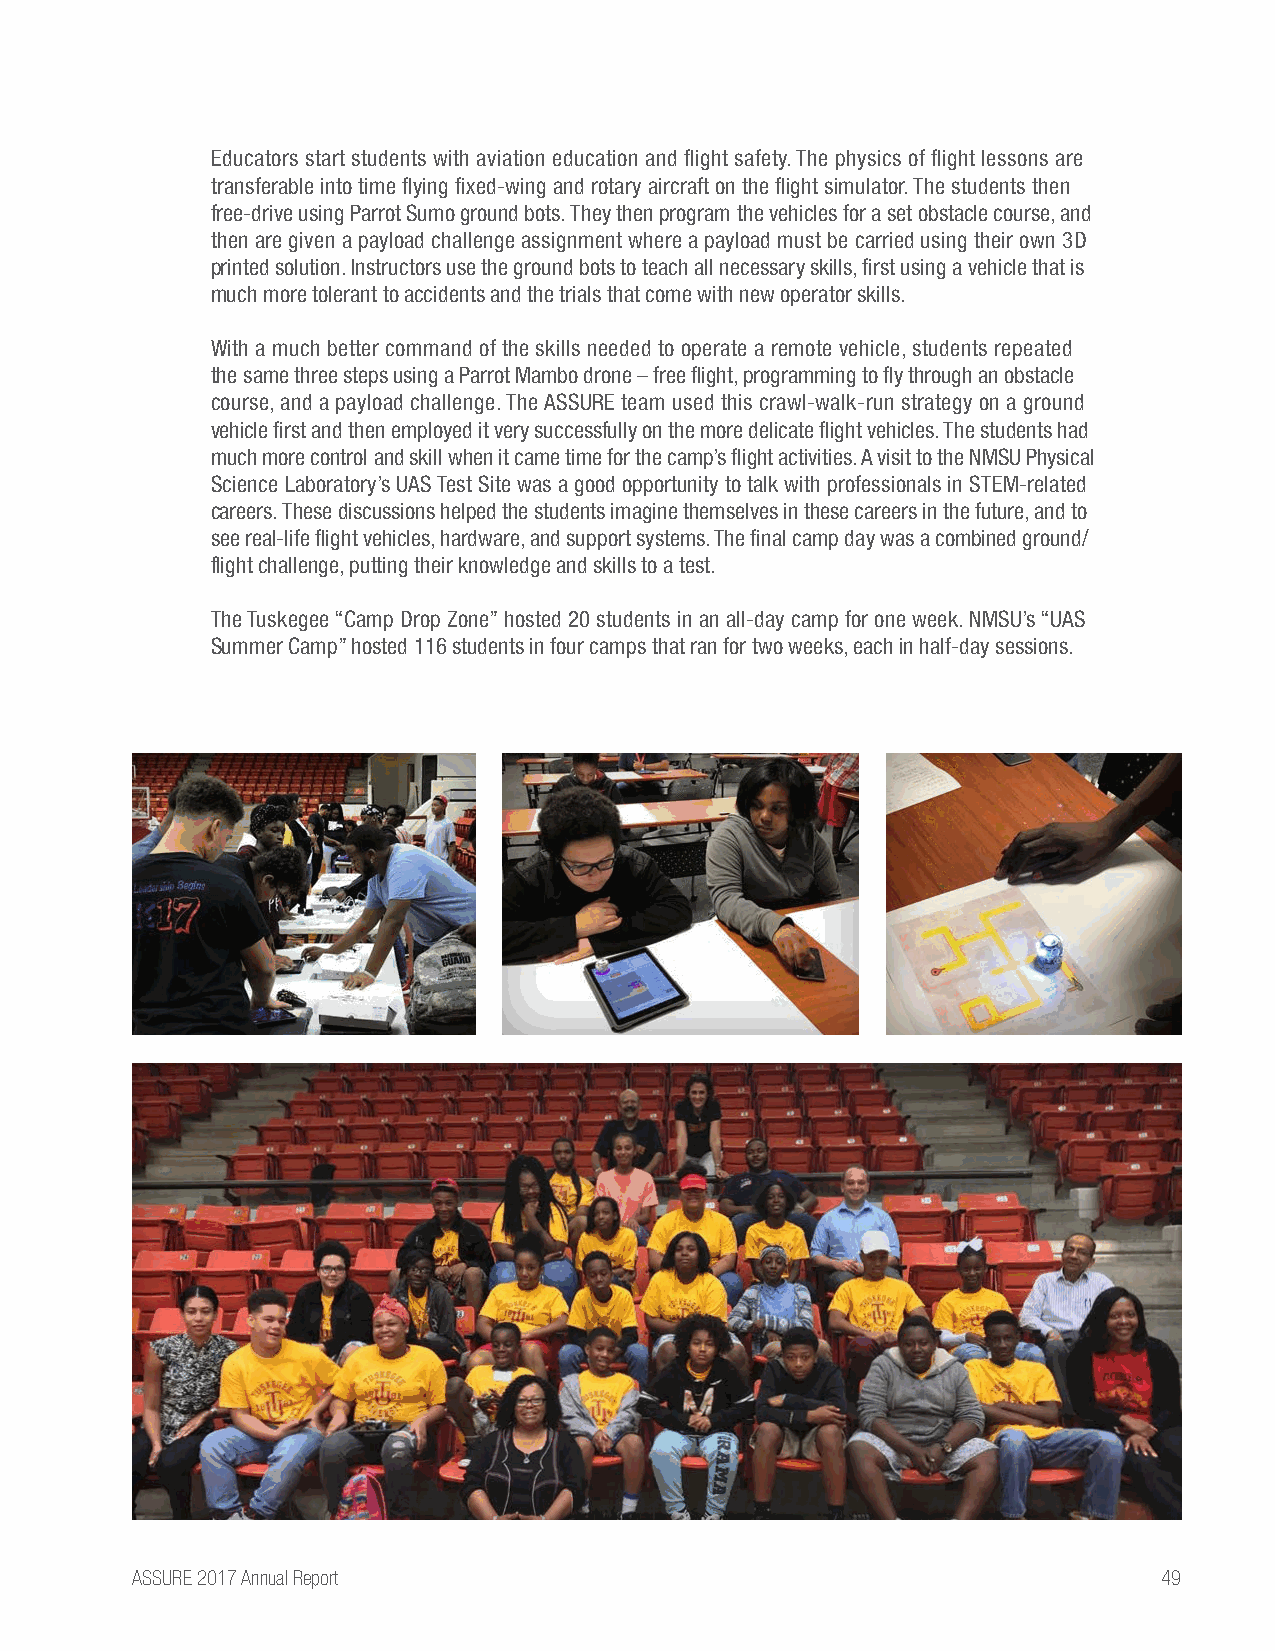
Educators start students with aviation education and flight safety. The physics of flight lessons are
 transferable into time flying fixed-wing and rotary aircraft on the flight simulator. The students then
 free-drive using Parrot Sumo ground bots. They then program the vehicles for a set obstacle course, and
 then are given a payload challenge assignment where a payload must be carried using their own 3D
 printed solution. Instructors use the ground bots to teach all necessary skills, first using a vehicle that is
 much more tolerant to accidents and the trials that come with new operator skills.
 With a much better command of the skills needed to operate a remote vehicle, students repeated
 the same three steps using a Parrot Mambo drone – free flight, programming to fly through an obstacle
 course, and a payload challenge. The ASSURE team used this crawl-walk-run strategy on a ground
 vehicle first and then employed it very successfully on the more delicate flight vehicles. The students had
 much more control and skill when it came time for the camp’s flight activities. A visit to the NMSU Physical
 Science Laboratory’s UAS Test Site was a good opportunity to talk with professionals in STEM-related
 careers. These discussions helped the students imagine themselves in these careers in the future, and to
 see real-life flight vehicles, hardware, and support systems. The final camp day was a combined ground/
 flight challenge, putting their knowledge and skills to a test.
 The Tuskegee “Camp Drop Zone” hosted 20 students in an all-day camp for one week. NMSU’s “UAS
 Summer Camp” hosted 116 students in four camps that ran for two weeks, each in half-day sessions.
 ASSURE 2017 Annual Report                                           49